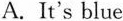
A. \overline{It^{\prime}sblue}.